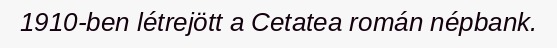
1910-ben létrejött a Cetatea román népbank.